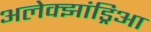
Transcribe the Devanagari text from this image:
अलेक्झांड्रिआ